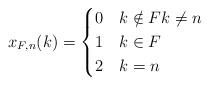
LaTeX: \begin{align*}x_{F,n}(k) =\begin{cases}0 & k \notin F k \neq n\\1 & k \in F\\2 & k = n\end{cases}\end{align*}